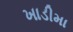
ખાડીમા